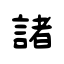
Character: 諸